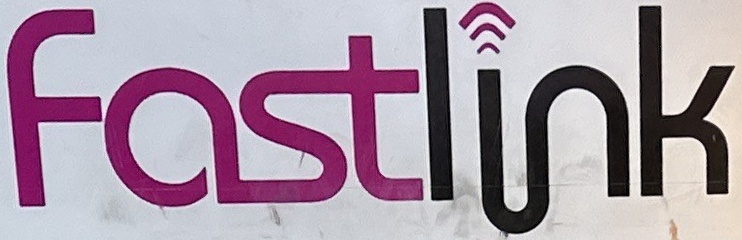
Fastlik